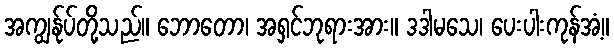
အကျွန်ုပ်တို့သည်။ ဘောတော၊ အရှင်ဘုရားအား။ ဒဒါမသေ၊ ပေးပါးကုန်အံ့။